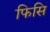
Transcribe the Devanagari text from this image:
फिसि